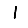
Digit: 1